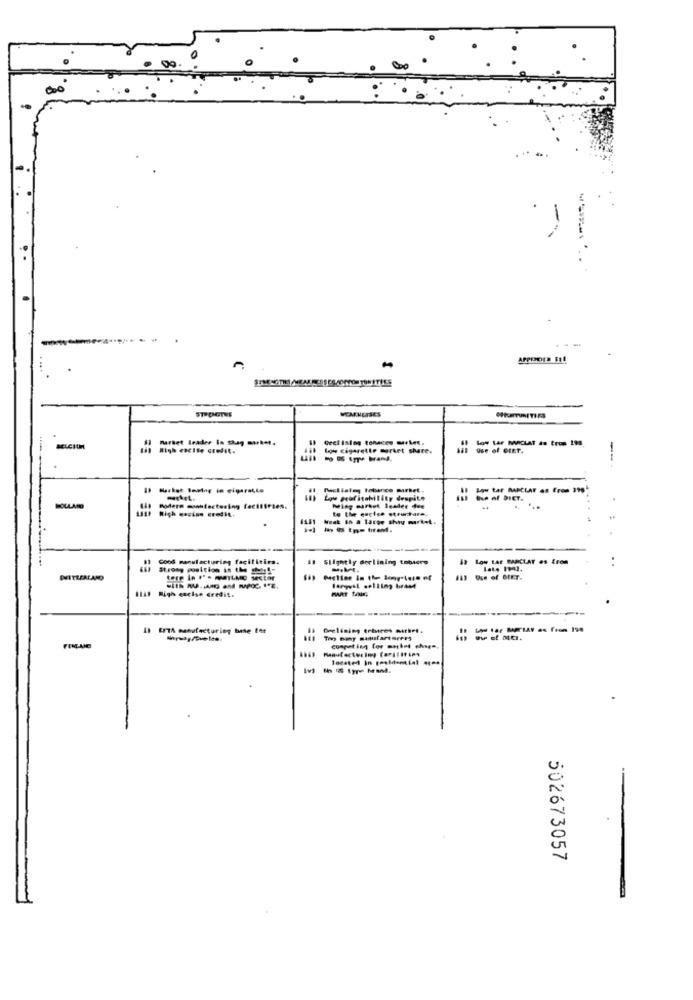
000
--
Geci ising tonaces muset.
Low Lar MARCLAT as from Its.
Bil High excite credit.
Low cigarette market share.
use of etET.
--
Mecliste tobanco market.
Low tar BARCLAY as From 396
Low profitability despite
Oue of DIET.
Ab modere montectering facilities.
Wing market leader dee
...
Heat th a large shy market.
------.
Good manufacturing facilities.
## Slightly dorlining tousere
49 Low tar BARCLAT es Eren
..
Stromy position in the
late 1942.
DVITZERLAND
tere in t' . mayLMO Sector
613 Ose of SEET.
largeal selling brand
High cacise credit.
Declining erbices methet.
To bany samufarturers
ow of MCI.
FENLANE
competing for anket .hope.
502673057